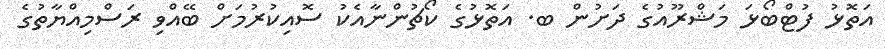
އަތޮޅު ފުޓްބޯޅަ މަޝްރޫއުގެ ދަށުން ބ. އަތޮޅުގެ ކޯޗުންނާއެކު ސޮއިކުރުމަށް ބޭއްވި ރަސްމިއްޔާތުގެ